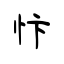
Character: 忭